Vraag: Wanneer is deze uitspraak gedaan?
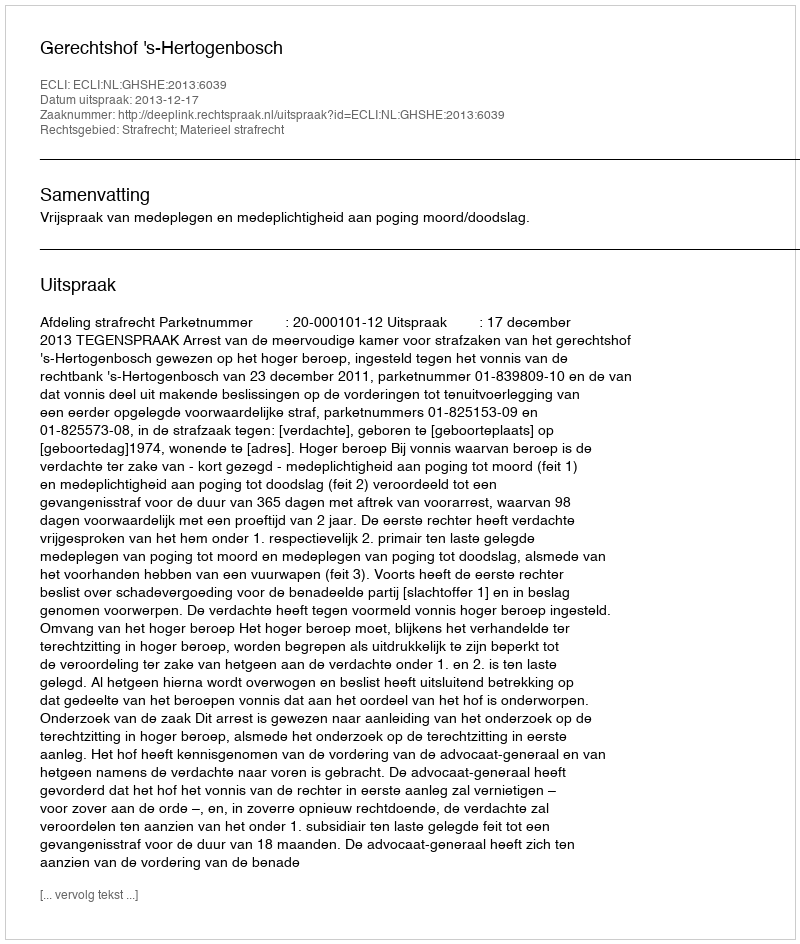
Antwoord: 2013-12-17